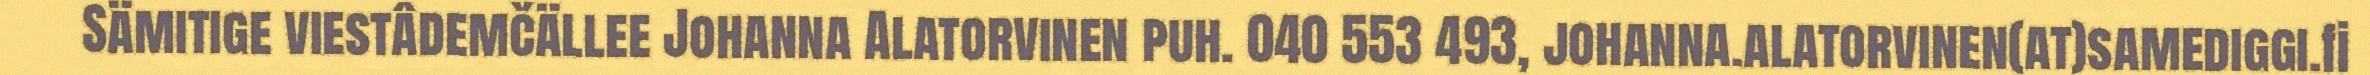
Sämitige viestâdemčällee Johanna Alatorvinen puh. 040 553 493, johanna.alatorvinen(at)samediggi.fi